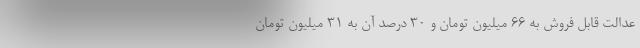
عدالت قابل فروش به ۶۶ میلیون تومان و ۳۰ درصد آن به ۳۱ میلیون تومان